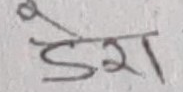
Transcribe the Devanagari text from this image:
डेरा